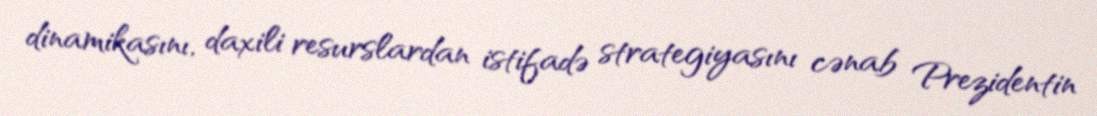
dinamikasını, daxili resurslardan istifadə strategiyasını cənab Prezidentin